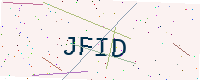
Text: JFID